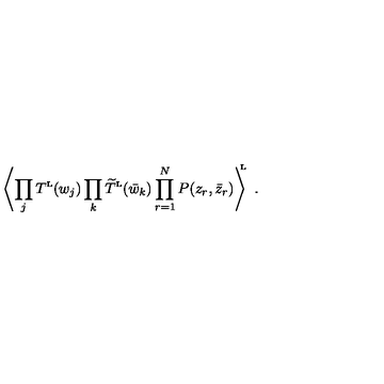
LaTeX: \left\langle \prod _ { j } T ^ { \mathrm { \scriptscriptstyle L } } ( w _ { j } ) \prod _ { k } \widetilde T ^ { \mathrm { \scriptscriptstyle L } } ( \bar { w } _ { k } ) \prod _ { r = 1 } ^ { N } P ( z _ { r } , \bar { z } _ { r } ) \right\rangle ^ { \! \! \! \mathrm { \scriptscriptstyle L } } \ .